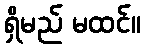
ရှိမည် မထင်။